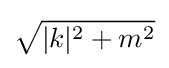
{\sqrt {|k|^{2}+m^{2}}}